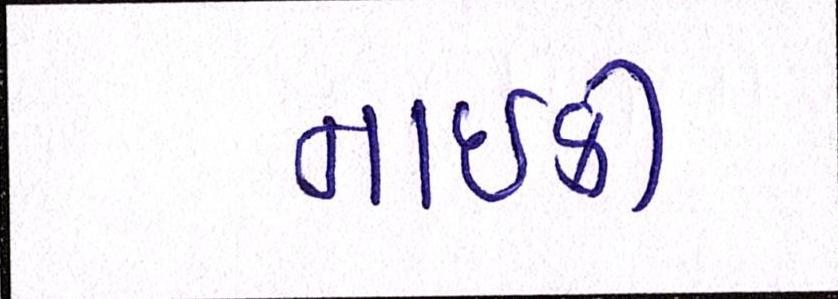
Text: નાઇકી